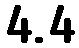
4.4